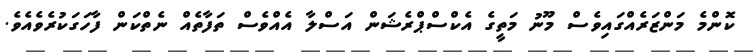
ކޮންމެ މަންޒަރެއްގައިވެސް މޫނު މަތީގެ އެކްސްޕްރެޝަން އަސްލާ އެއްވެސް ތަފާތެއް ނެތްކަން ފާހަގަކުރެވެއެވެ.